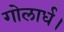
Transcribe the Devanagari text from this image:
गोलार्ध।